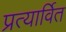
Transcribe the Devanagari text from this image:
प्रत्यार्वित